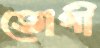
ভোগী